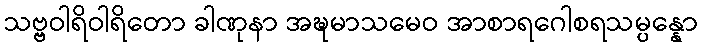
သဗ္ဗဝါရိဝါရိတော ခါဏုနာ အဍ္ဎမာသမေဝ အာစာရဂေါစရသမ္ပန္နော